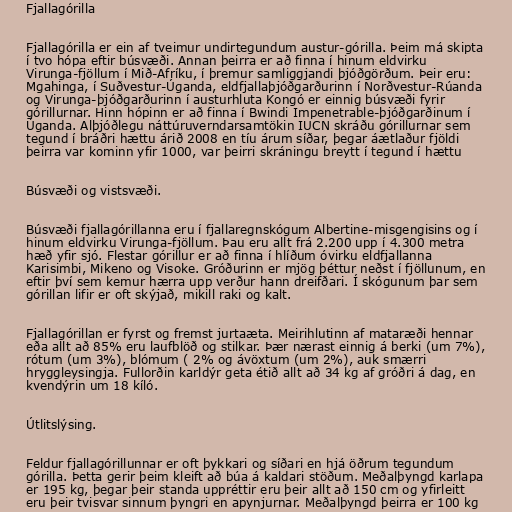
Fjallagórilla

Fjallagórilla er ein af tveimur undirtegundum austur-górilla. Þeim má skipta
í tvo hópa eftir búsvæði. Annan þeirra er að finna í hinum eldvirku
Virunga-fjöllum í Mið-Afríku, í þremur samliggjandi þjóðgörðum. Þeir eru:
Mgahinga, í Suðvestur-Úganda, eldfjallaþjóðgarðurinn í Norðvestur-Rúanda
og Virunga-þjóðgarðurinn í austurhluta Kongó er einnig búsvæði fyrir
górillurnar. Hinn hópinn er að finna í Bwindi Impenetrable-þjóðgarðinum í
Úganda. Alþjóðlegu náttúruverndarsamtökin IUCN skráðu górillurnar sem
tegund í bráðri hættu árið 2008 en tíu árum síðar, þegar áætlaður fjöldi
þeirra var kominn yfir 1000, var þeirri skráningu breytt í tegund í hættu

Búsvæði og vistsvæði.

Búsvæði fjallagórillanna eru í fjallaregnskógum Albertine-misgengisins og í
hinum eldvirku Virunga-fjöllum. Þau eru allt frá 2.200 upp í 4.300 metra
hæð yfir sjó. Flestar górillur er að finna í hlíðum óvirku eldfjallanna
Karisimbi, Mikeno og Visoke. Gróðurinn er mjög þéttur neðst í fjöllunum, en
eftir því sem kemur hærra upp verður hann dreifðari. Í skógunum þar sem
górillan lifir er oft skýjað, mikill raki og kalt.

Fjallagórillan er fyrst og fremst jurtaæta. Meirihlutinn af mataræði hennar
eða allt að 85% eru laufblöð og stilkar. Þær nærast einnig á berki (um 7%),
rótum (um 3%), blómum ( 2% og ávöxtum (um 2%), auk smærri
hryggleysingja. Fullorðin karldýr geta étið allt að 34 kg af gróðri á dag, en
kvendýrin um 18 kíló.

Útlitslýsing.

Feldur fjallagórillunnar er oft þykkari og síðari en hjá öðrum tegundum
górilla. Þetta gerir þeim kleift að búa á kaldari stöðum. Meðalþyngd karlapa
er 195 kg, þegar þeir standa uppréttir eru þeir allt að 150 cm og yfirleitt
eru þeir tvisvar sinnum þyngri en apynjurnar. Meðalþyngd þeirra er 100 kg